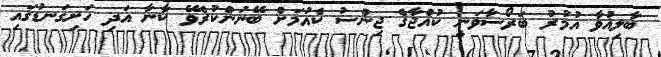
ބާލިޣުވާ އުމުރު ބަރޯސާވަނީ ކުއްޖާގެ ޖިންސު ކެއުމަށް ބޭނުންކުރެވޭ ކާނާ އަދި ހަށިގަނޑުގައި